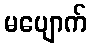
မပျောက်